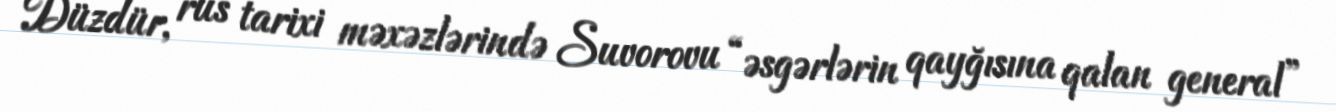
Düzdür, rus tarixi məxəzlərində Suvorovu “əsgərlərin qayğısına qalan general”